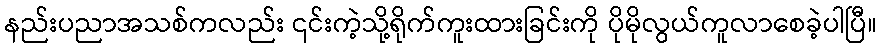
နည်းပညာအသစ်ကလည်း ၎င်းကဲ့သို့ရိုက်ကူးထားခြင်းကို ပိုမိုလွယ်ကူလာစေခဲ့ပါပြီ။